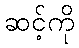
ဆင့်ကို